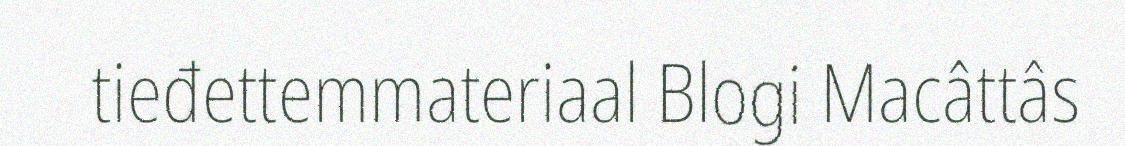
tieđettemmateriaal Blogi Macâttâs